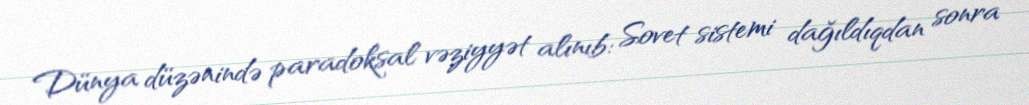
Dünya düzənində paradoksal vəziyyət alınıb: Sovet sistemi dağıldıqdan sonra